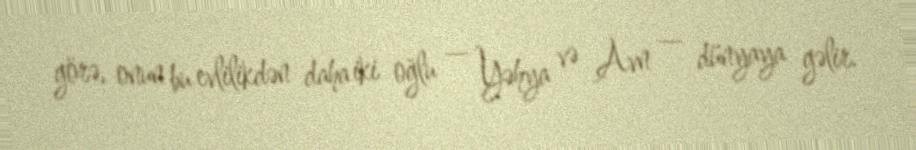
görə, onun bu evlilikdən daha iki oğlu — Yəhya və Avn — dünyaya gəlir.